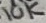
Text: 10K